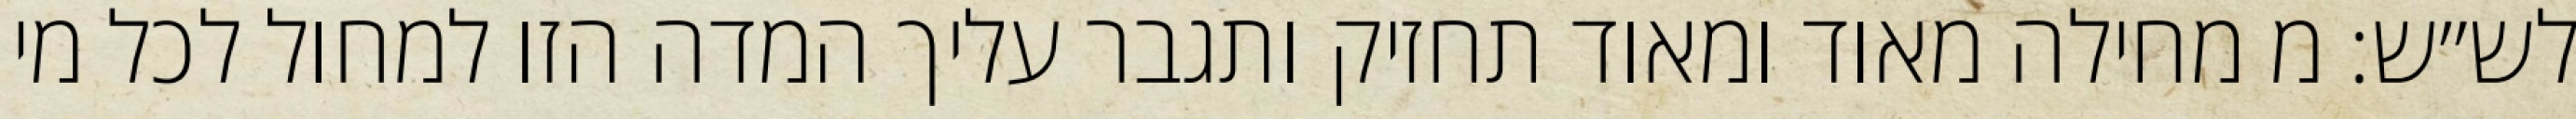
לש״ש: מ מחילה מאוד ומאוד תחזיק ותגבר עליך המדה הזו למחול לכל מי